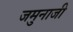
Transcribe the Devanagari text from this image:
जमुनाजी